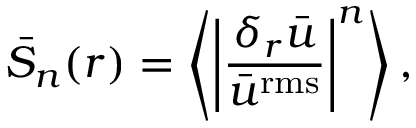
{ \bar { S } _ { n } } ( r ) = \left\langle { { { \left| { \frac { { { \delta _ { r } } \bar { u } } } { { { { \bar { u } } ^ { \mathrm { { r m s } } } } } } } \right| } ^ { n } } } \right\rangle ,